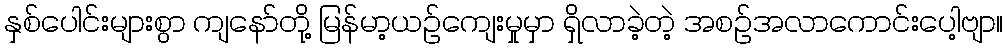
နှစ်ပေါင်းများစွာ ကျနော်တို့ မြန်မာ့ယဉ်ကျေးမှုမှာ ရှိလာခဲ့တဲ့ အစဉ်အလာကောင်းပေါ့ဗျာ။